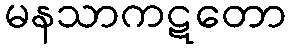
မနသာကဋတော